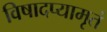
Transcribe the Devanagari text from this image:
विषादप्यामृतं